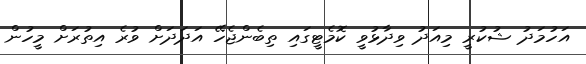
އަހުމަދު ޝުކުރީ މިއަދު ވިދާޅުވީ ކޮމެޓީގައި ތިބެންޖެހޭ އަދަދަށް ވުރެ އިތުރަށް މީހުން